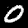
Label: 0